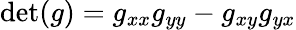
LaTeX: \textrm{det}(g)=g_{xx}g_{yy}-g_{xy}g_{yx}